Annual report on the Civil Veterinary Department, Burma (including the Insein Veterinary School) - 1923-1931
Year: 1923
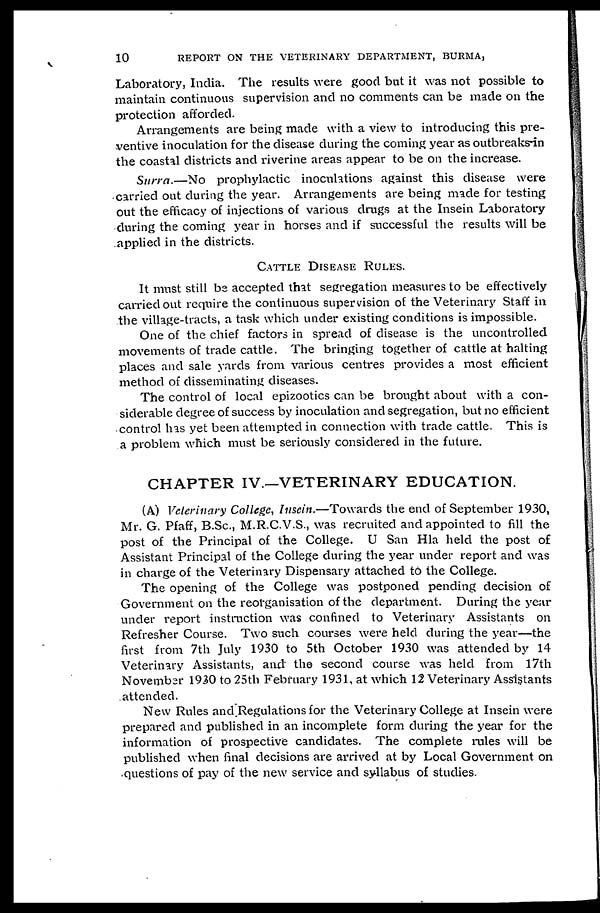
10
REPORT ON THE VETERINARY DEPARTMENT, BURMA,
Laboratory, India. The results were good but it was not possible to
maintain continuous supervision and no comments can be made on the
protection afforded.
Arrangements are being made with a view to introducing this pre-
ventive inoculation for the disease during the coming year as outbreaks in
the coastal districts and riverine areas appear to be on the increase.
Surra.—No prophylactic inoculations against this disease were
carried out during the year. Arrangements are being made for testing
out the efficacy of injections of various drags at the Insein Laboratory
during the coming year in horses and if successful the results will be
applied in the districts.
CATTLE DISEASE RULES.
It must still be accepted that segregation measures to be effectively
carried out require the continuous supervision of the Veterinary Staff in
the village-tracts, a task which under existing conditions is impossible.
One of the chief factors in spread of disease is the uncontrolled
movements of trade cattle. The bringing together of cattle at halting
places and sale yards from various centres provides a most efficient
method of disseminating diseases.
The control of local epizootics can be brought about with a con-
siderable degree of success by inoculation and segregation, but no efficient
control has yet been attempted in connection with trade cattle. This is
a problem which must be seriously considered in the future.
CHAPTER IV.—VETERINARY EDUCATION.
(A) Veterinary College, Insein.—Towards the end of September 1930,
Mr. G. Pfaff, B.Sc, M.R.C.V.S., was recruited and appointed to fill the
post of the Principal of the College. U San Hla held the post of
Assistant Principal of the College during the year under report and was
in charge of the Veterinary Dispensary attached to the College.
The opening of the College was postponed pending decision of
Government on the reorganisation of the department. During the year
under report instruction was confined to Veterinary Assistants on
Refresher Course. Two such courses were held during the year—the
first from 7th July 1930 to 5th October 1930 was attended by 14
Veterinary Assistants, and the second course was held from 17th
November 1930 to 25th February 1931, at which 12 Veterinary Assistants
attended.
New Rules and Regulations for the Veterinary College at Insein were
prepared and published in an incomplete form during the year for the
information of prospective candidates. The complete rules will be
published when final decisions are arrived at by Local Government on
questions of pay of the new service and syllabus of studies.